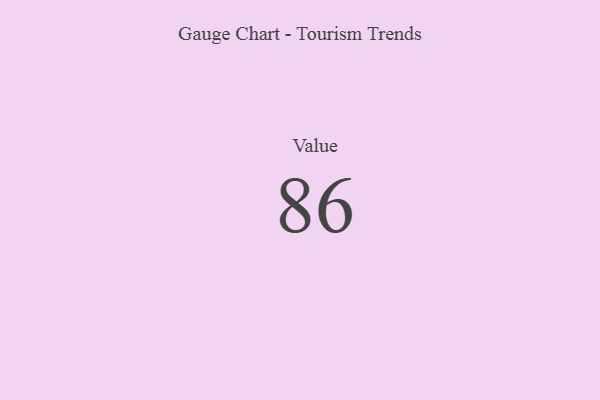
{"axis": {"x": "Metric", "y": "Value"}, "legend": [""], "data": [{"x": "Value", "y": 86, "type": ""}]}